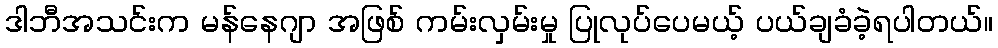
ဒါဘီအသင်းက မန်နေဂျာ အဖြစ် ကမ်းလှမ်းမှု ပြုလုပ်ပေမယ့် ပယ်ချခံခဲ့ရပါတယ်။